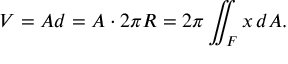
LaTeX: V = A d = A \cdot 2 \pi R = 2 \pi \iint _ { F } x \, d A .